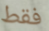
فقط